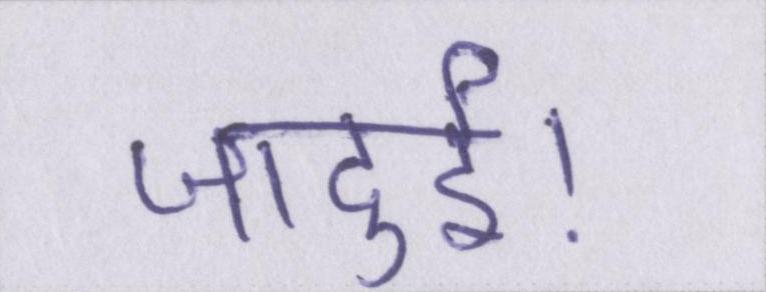
जादुई।